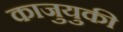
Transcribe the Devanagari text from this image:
काजुयुकी